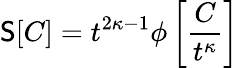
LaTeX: \mathsf{S}[C]=t^{2\kappa-1}\phi\left[\frac{{C}}{{t^{\kappa}}}\right]